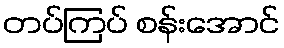
တပ်ကြပ် စန်းအောင်